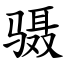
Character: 䯅